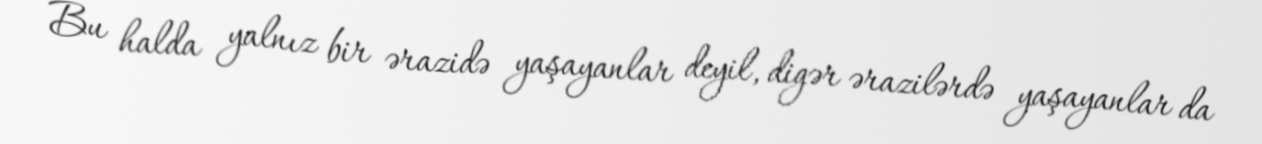
Bu halda yalnız bir ərazidə yaşayanlar deyil, digər ərazilərdə yaşayanlar da